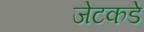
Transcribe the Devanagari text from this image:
जेटकडे